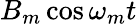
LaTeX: B_{m}\cos\omega_{m}t